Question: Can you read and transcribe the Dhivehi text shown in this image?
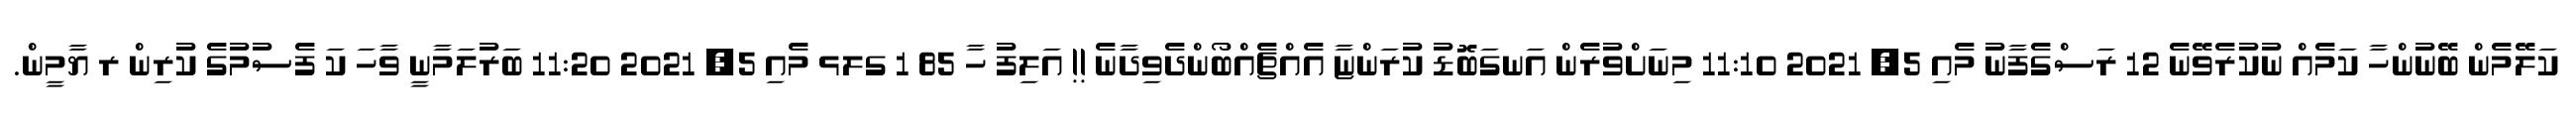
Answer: ކަލޭމެން ބޭނުންހާ ކަމެއް ނުކުރެވޭނެ 12 ރަސްގެފާނު މެއި 5, 2021 11:10 މިނަށްވުރެން އަނގަބޮޑު ކުރަންޏާ އެއްޗެއްބޯންދެވިދާނެ !! އަލިފު ހާ 85 1 ގލޅ މެއި 5, 2021 11:20 ބަރުލަމާނީ ވާހަ ކަ ފެސުމުގެ ކުރިން ރ ޔާމީން.